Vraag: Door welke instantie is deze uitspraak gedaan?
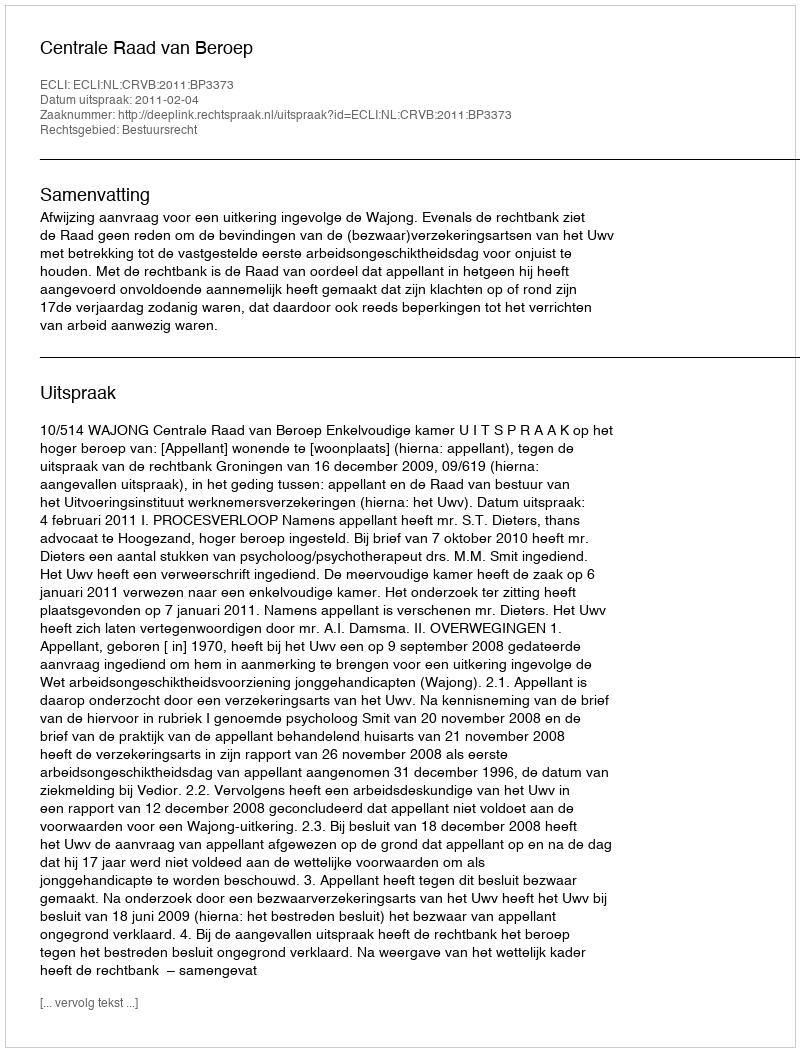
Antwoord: Centrale Raad van Beroep